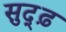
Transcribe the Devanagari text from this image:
सुद्ढ़